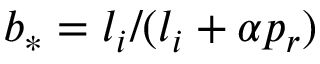
b _ { * } = l _ { i } / ( l _ { i } + \alpha p _ { r } )